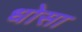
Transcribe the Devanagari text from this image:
धोसा